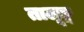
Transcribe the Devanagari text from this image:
तालूङ्ग